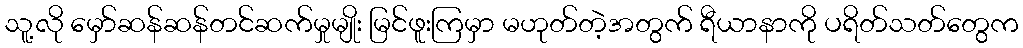
သူ့လို မှော်ဆန်ဆန်တင်ဆက်မှုမျိုး မြင်ဖူးကြမှာ မဟုတ်တဲ့အတွက် ရီယာနာကို ပရိတ်သတ်တွေက